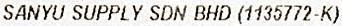
SANYU SUPPLY SDN BHD (1135772-K)